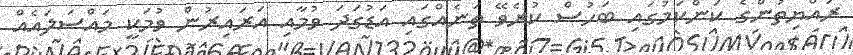
ރައްޔިތުންގެ ކަންކަމުގައި ބަހުސް ކުރެވޭ ތަނެއްގައި އަޑުގަދަ ވުމާއި އަރައިރުން ވުމަކީ މައްސަލައެއް